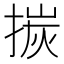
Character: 㨏